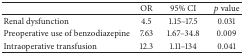
<table><thead><tr><td><b> </b></td><td><b>OR</b></td><td><b>95% CI</b></td><td><b><i>p</i> value</b></td></tr></thead><tbody><tr><td>Renal dysfunction</td><td>4.5</td><td>1.15–17.5</td><td>0.031</td></tr><tr><td>Preoperative use of benzodiazepine</td><td>7.63</td><td>1.67–34.8</td><td>0.009</td></tr><tr><td>Intraoperative transfusion</td><td>12.3</td><td>1.11–134</td><td>0.041</td></tr></tbody></table>